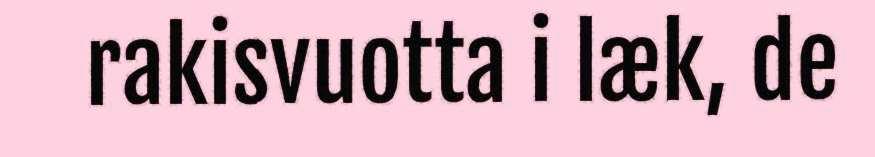
rakisvuotta i læk, de